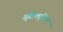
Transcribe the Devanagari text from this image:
यूबीक्यूटिन